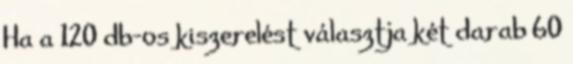
Ha a 120 db-os kiszerelést választja két darab 60